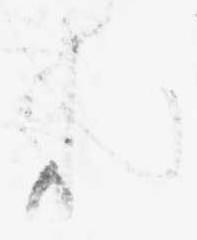
れ